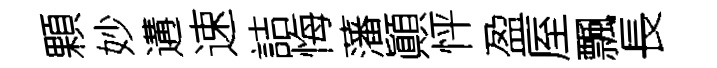
顆妙遘速詰悔藩顚怦盈厔飄長